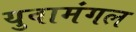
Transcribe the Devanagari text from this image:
युवामंगल